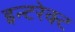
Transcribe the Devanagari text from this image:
इन्टरेक्ट